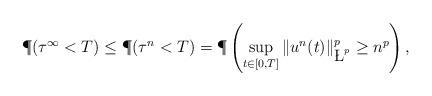
LaTeX: \begin{align*}\P(\tau^{\infty}<T)\leq \P(\tau^n\;{<}\;T) = \P \left(\sup_{t\in[0,T]}\|u^n(t)\|_{\L^p}^p \geq n^p\right),\end{align*}